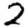
Digit: 2